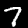
Digit: 7